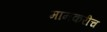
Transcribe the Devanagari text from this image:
मानकरीच